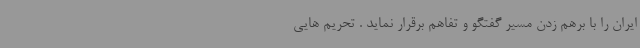
ایران را با برهم زدن مسیر گفتگو و تفاهم برقرار نماید . تحریم هایی